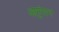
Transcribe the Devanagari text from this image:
आमुंसन